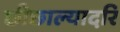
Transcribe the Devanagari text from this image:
छीछाल्यादरि